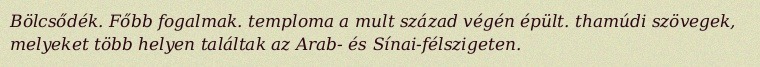
Bölcsődék. Főbb fogalmak. temploma a mult század végén épült. thamúdi szövegek, melyeket több helyen találtak az Arab- és Sínai-félszigeten.